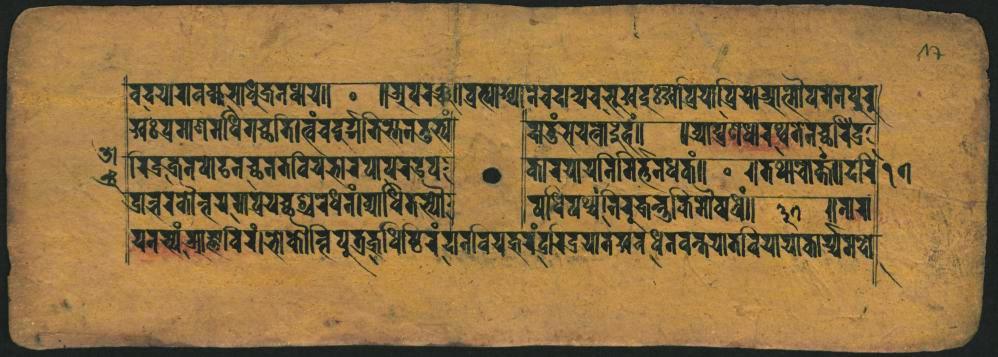
𑐰𑐝𑐫𑐵𑐬𑐵𑐰𑐎𑑂𑐲𑐳𑐵𑐢𑐸𑐖𑐣𑐢𑐵𑐫𑑌 𑐩𑑅𑐥𑑂𑐬𑐟𑐵𑐞𑐩𑐢𑐶𑐐𑐔𑑂𑐕𑐵𑐟𑐶𑐟𑑂𑐰𑑄𑐔𑐡𑐸𑐬𑑂𑐐𑐟𑐶𑐳𑑂𑐟𑐣𑐨𑐸𑐨𑑂𑐫𑐵𑑄 𑐬𑐶𑐡𑑂𑐬𑐎𑑂𑐬𑐣𑐰𑐵𑐚𑐣𑐕𑐣𑐟𑐰𑐶𑐫𑐨𑐵𑐬𑐥𑐵𑐥𑐬𑐄𑐥 𑐡𑑂𑐬𑐵𑐔𑐬𑐎𑑁𑐟𑑂𑐮𑐫𑐟𑐥𑐫𑐔𑑂𑐕𑐱𑑂𑐬𑐢𑐣𑑄𑑋𑐰𑑂𑐫𑐵𑐢𑐶𑐟𑐨𑑂𑐫𑑁 𑐫𑐣𑑂𑐳𑑂𑐫𑑄𑐖𑑂𑐫𑐰𑐶𑐬𑑋𑐨𑑀𑐎𑑁𑑂𑐶𑐥𑐸𑐟𑑂𑐬𑐡𑑂𑐧𑐵𑐢𑐶𑐲𑐚𑐬𑑄𑐫𑐣𑐵𑐰𑐫𑐡𑑂𑐨𑐬𑑄𑐡𑑂𑐬𑐵𑐄𑐫𑐵𑐟𑐩𑐧𑐢𑐿𑐰𑐰𑐣𑑂𑐟𑐫𑐵𑐟𑑄𑐰𑐶𑐫𑐵𑐫𑐵𑐔𑐵𑐬𑑂𑐫𑐩𑐧𑑀